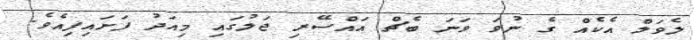
ލެވަލް އެކެއް ގެ ނުވަ ވަނަ ބެޗް އައްސޭރި ޖަލުގައި މިއަދު ފަށައިފިއެވެ.